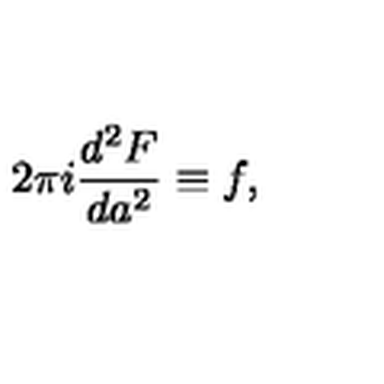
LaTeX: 2 \pi i \frac { d ^ { 2 } F } { d a ^ { 2 } } \equiv f ,